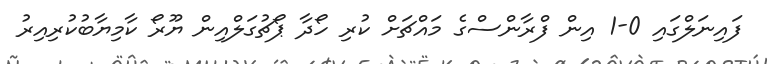
ފައިނަލްގައި 0-1 އިން ފްރާންސްގެ މައްޗަށް ކުރި ހޯދާ ޕޯޗުގަލްއިން ޔޫރޯ ކާމިޔާބުކުރިއިރު